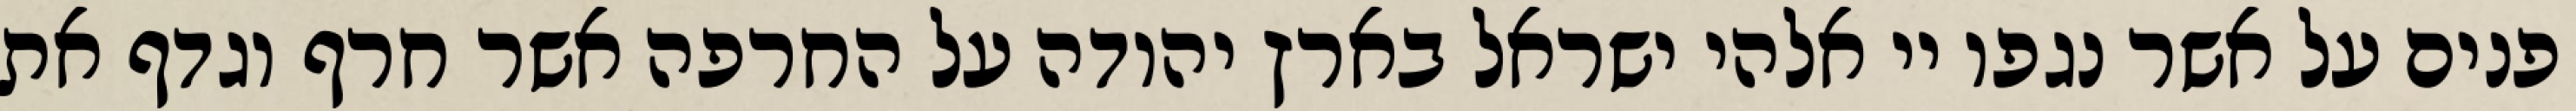
פנים על אשר נגפו יי אלהי ישראל בארץ יהודה על החרפה אשר חרף וגדף את